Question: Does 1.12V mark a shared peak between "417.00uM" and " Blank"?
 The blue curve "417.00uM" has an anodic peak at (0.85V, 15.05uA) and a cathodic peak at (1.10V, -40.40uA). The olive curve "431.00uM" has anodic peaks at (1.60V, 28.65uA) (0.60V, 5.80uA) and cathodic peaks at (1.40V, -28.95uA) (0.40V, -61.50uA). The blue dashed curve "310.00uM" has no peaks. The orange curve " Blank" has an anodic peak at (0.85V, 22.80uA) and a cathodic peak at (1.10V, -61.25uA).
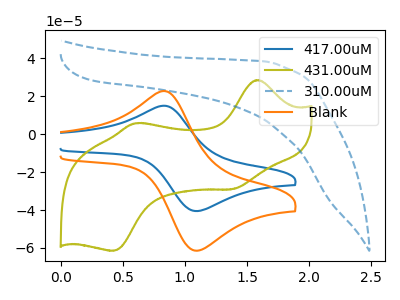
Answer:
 <answer>Yes, "417.00uM" and " Blank" share a peak at 1.12V.</answer>
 <eval>match</eval>